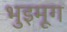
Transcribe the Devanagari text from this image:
भुइमूग